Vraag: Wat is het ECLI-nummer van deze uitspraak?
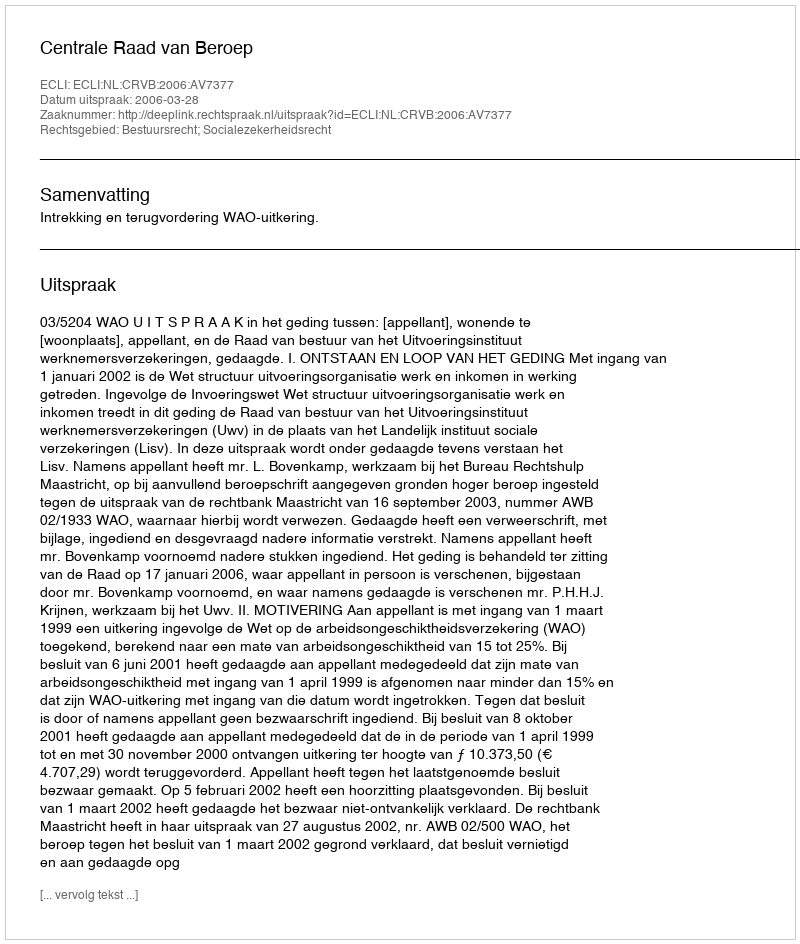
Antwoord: ECLI:NL:CRVB:2006:AV7377